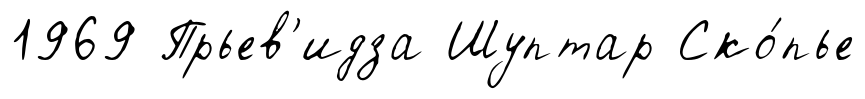
1969 Прьев'идза Шуптар Ско́пье